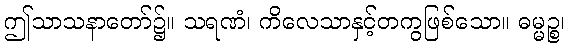
ဤသာသနာတော်၌။ သရဏံ၊ ကိလေသာနှင့်တကွဖြစ်သော။ ဓမ္မဉ္စ၊